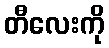
တီလေးကို